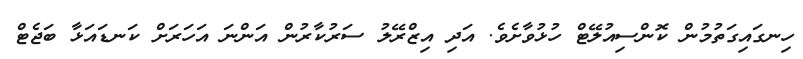
ހިނގައިގަތުމުން ކޮންސިއުލޭޓް ހުޅުވާށެވެ. އަދި އިޒްރޭލު ސަރުކާރުން އަންނަ އަހަރަށް ކަނޑައަޅާ ބަޖެޓް